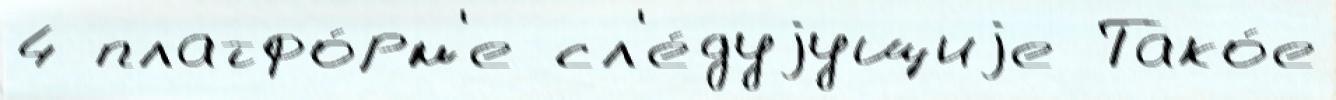
4 платфо́рм'е сл'е́дуjущиjе Тако́е